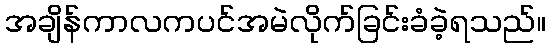
အချိန်ကာလကပင်အမဲလိုက်ခြင်းခံခဲ့ရသည်။